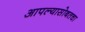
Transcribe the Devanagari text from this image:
आपल्यासोबतचा